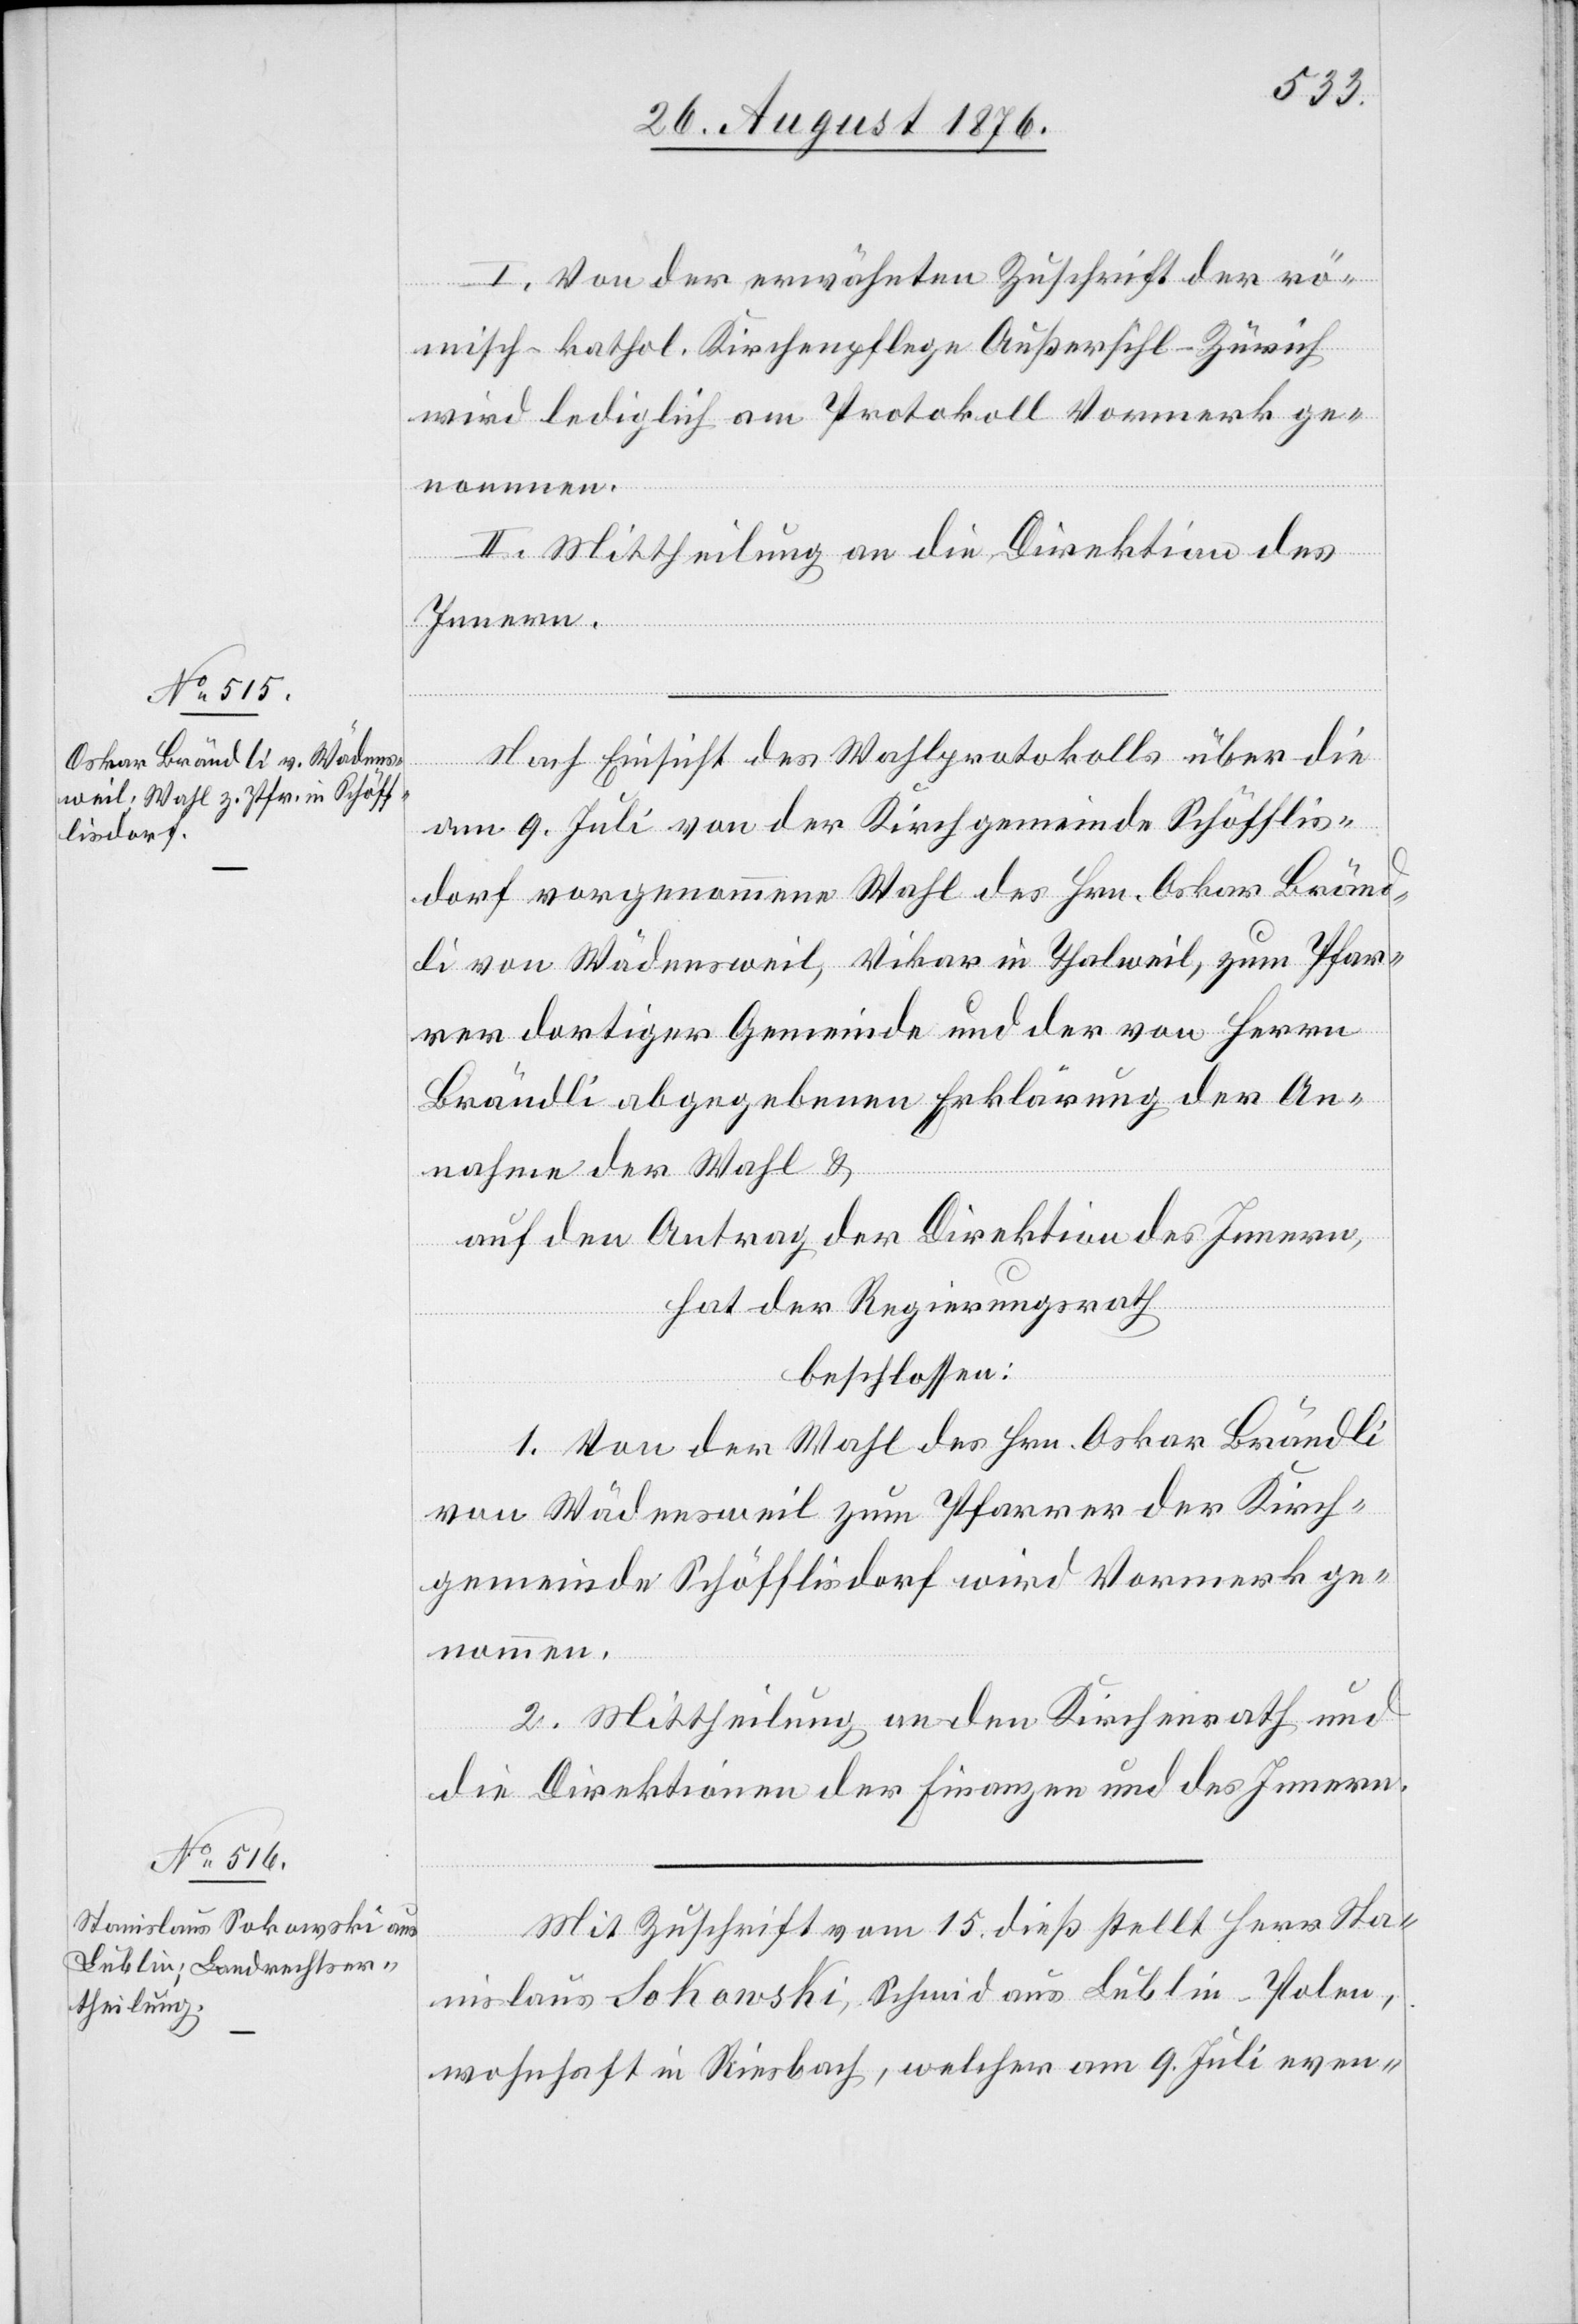
I. Von der erwähnten Zuschrift der rö¬
misch-kathol. Kirchenpflege Außersihl - Zürich
wird lediglich am Protokoll Vormerk ge¬
nommen.
II. Mittheilung an die Direktion des
Innern.
Nach Einsicht des Wahlprotokolls über die
am 9. Juli von der Kirchgemeine Schöfflis¬
dorf vorgenommenen Wahl des Hrn. Oskar Bränd¬
li von Wädensweil, Vikar in Thalweil, zum Pfar¬
rer dortiger Gemeinde und der von Herrn
Brändli abgegebenen Erklärung der An¬
nahme der Wahl &
auf den Antrag der Direktion des Innern,
hat der Regierungsrath
beschlossen:
1. Von der Wahl des Hrn. Oskar Brändli
von Wädensweil zum Pfarrer der Kirch¬
gemeinde Schöfflisdorf wird Vormerk ge¬
nommen.
2. Mittheilung an den Kirchenrath und
die Direktionen der Finanzen und des Innern.
Mit Zuschrift vom 15. dieß stellt Herr Sta¬
nislaus Sokowski, Schmid aus Lublin - Polen,
wohnhaft in Riesbach, welcher am 9. Juli even-